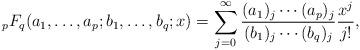
LaTeX: \begin{align*}{}_pF_q(a_1,\ldots,a_p; b_1,\ldots,b_q;x)=\sum_{j=0}^\infty\frac{(a_1)_j\cdots(a_p)_j}{(b_1)_j\cdots(b_q)_j}\frac{x^j}{j!},\end{align*}